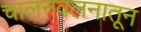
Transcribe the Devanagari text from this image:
चालनवलनातून